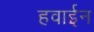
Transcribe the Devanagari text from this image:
हवाईन